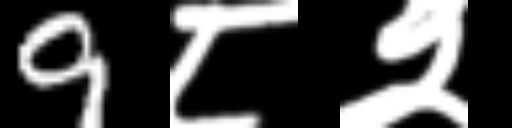
Text: 9८२